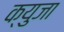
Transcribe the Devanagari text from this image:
क्युजा